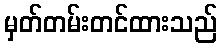
မှတ်တမ်းတင်ထားသည်